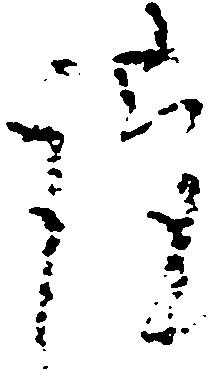
謹